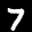
Label: 7